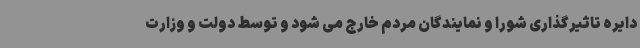
دایره تاثیرگذاری شورا و نمایندگان مردم خارج می شود و توسط دولت و وزارت